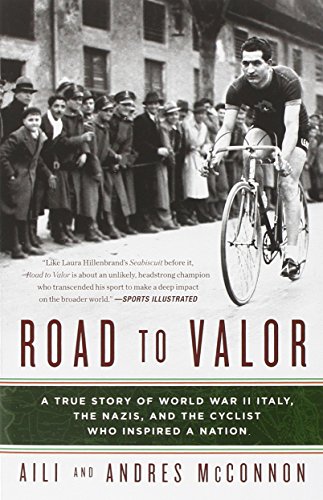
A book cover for Road to Valor: A True Story of WWII Italy, the Nazis, and the Cyclist Who Inspired a Nation; Aili McConnon; History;